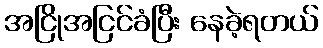
အငြိုအငြင်ခံပြီး နေခဲ့ရတယ်